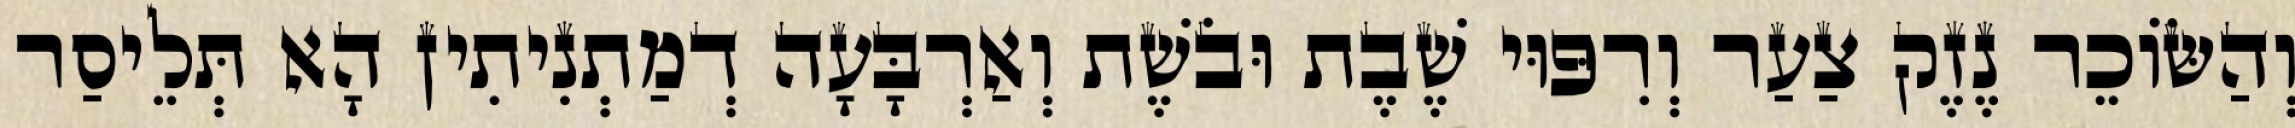
וְהַשּׂוֹכֵר נֶזֶק צַעַר וְרִפּוּי שֶׁבֶת וּבֹשֶׁת וְאַרְבָּעָה דְמַתְנִיתִין הָא תְּלֵיסַר